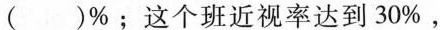
( )%；这个班近视率达到30%，